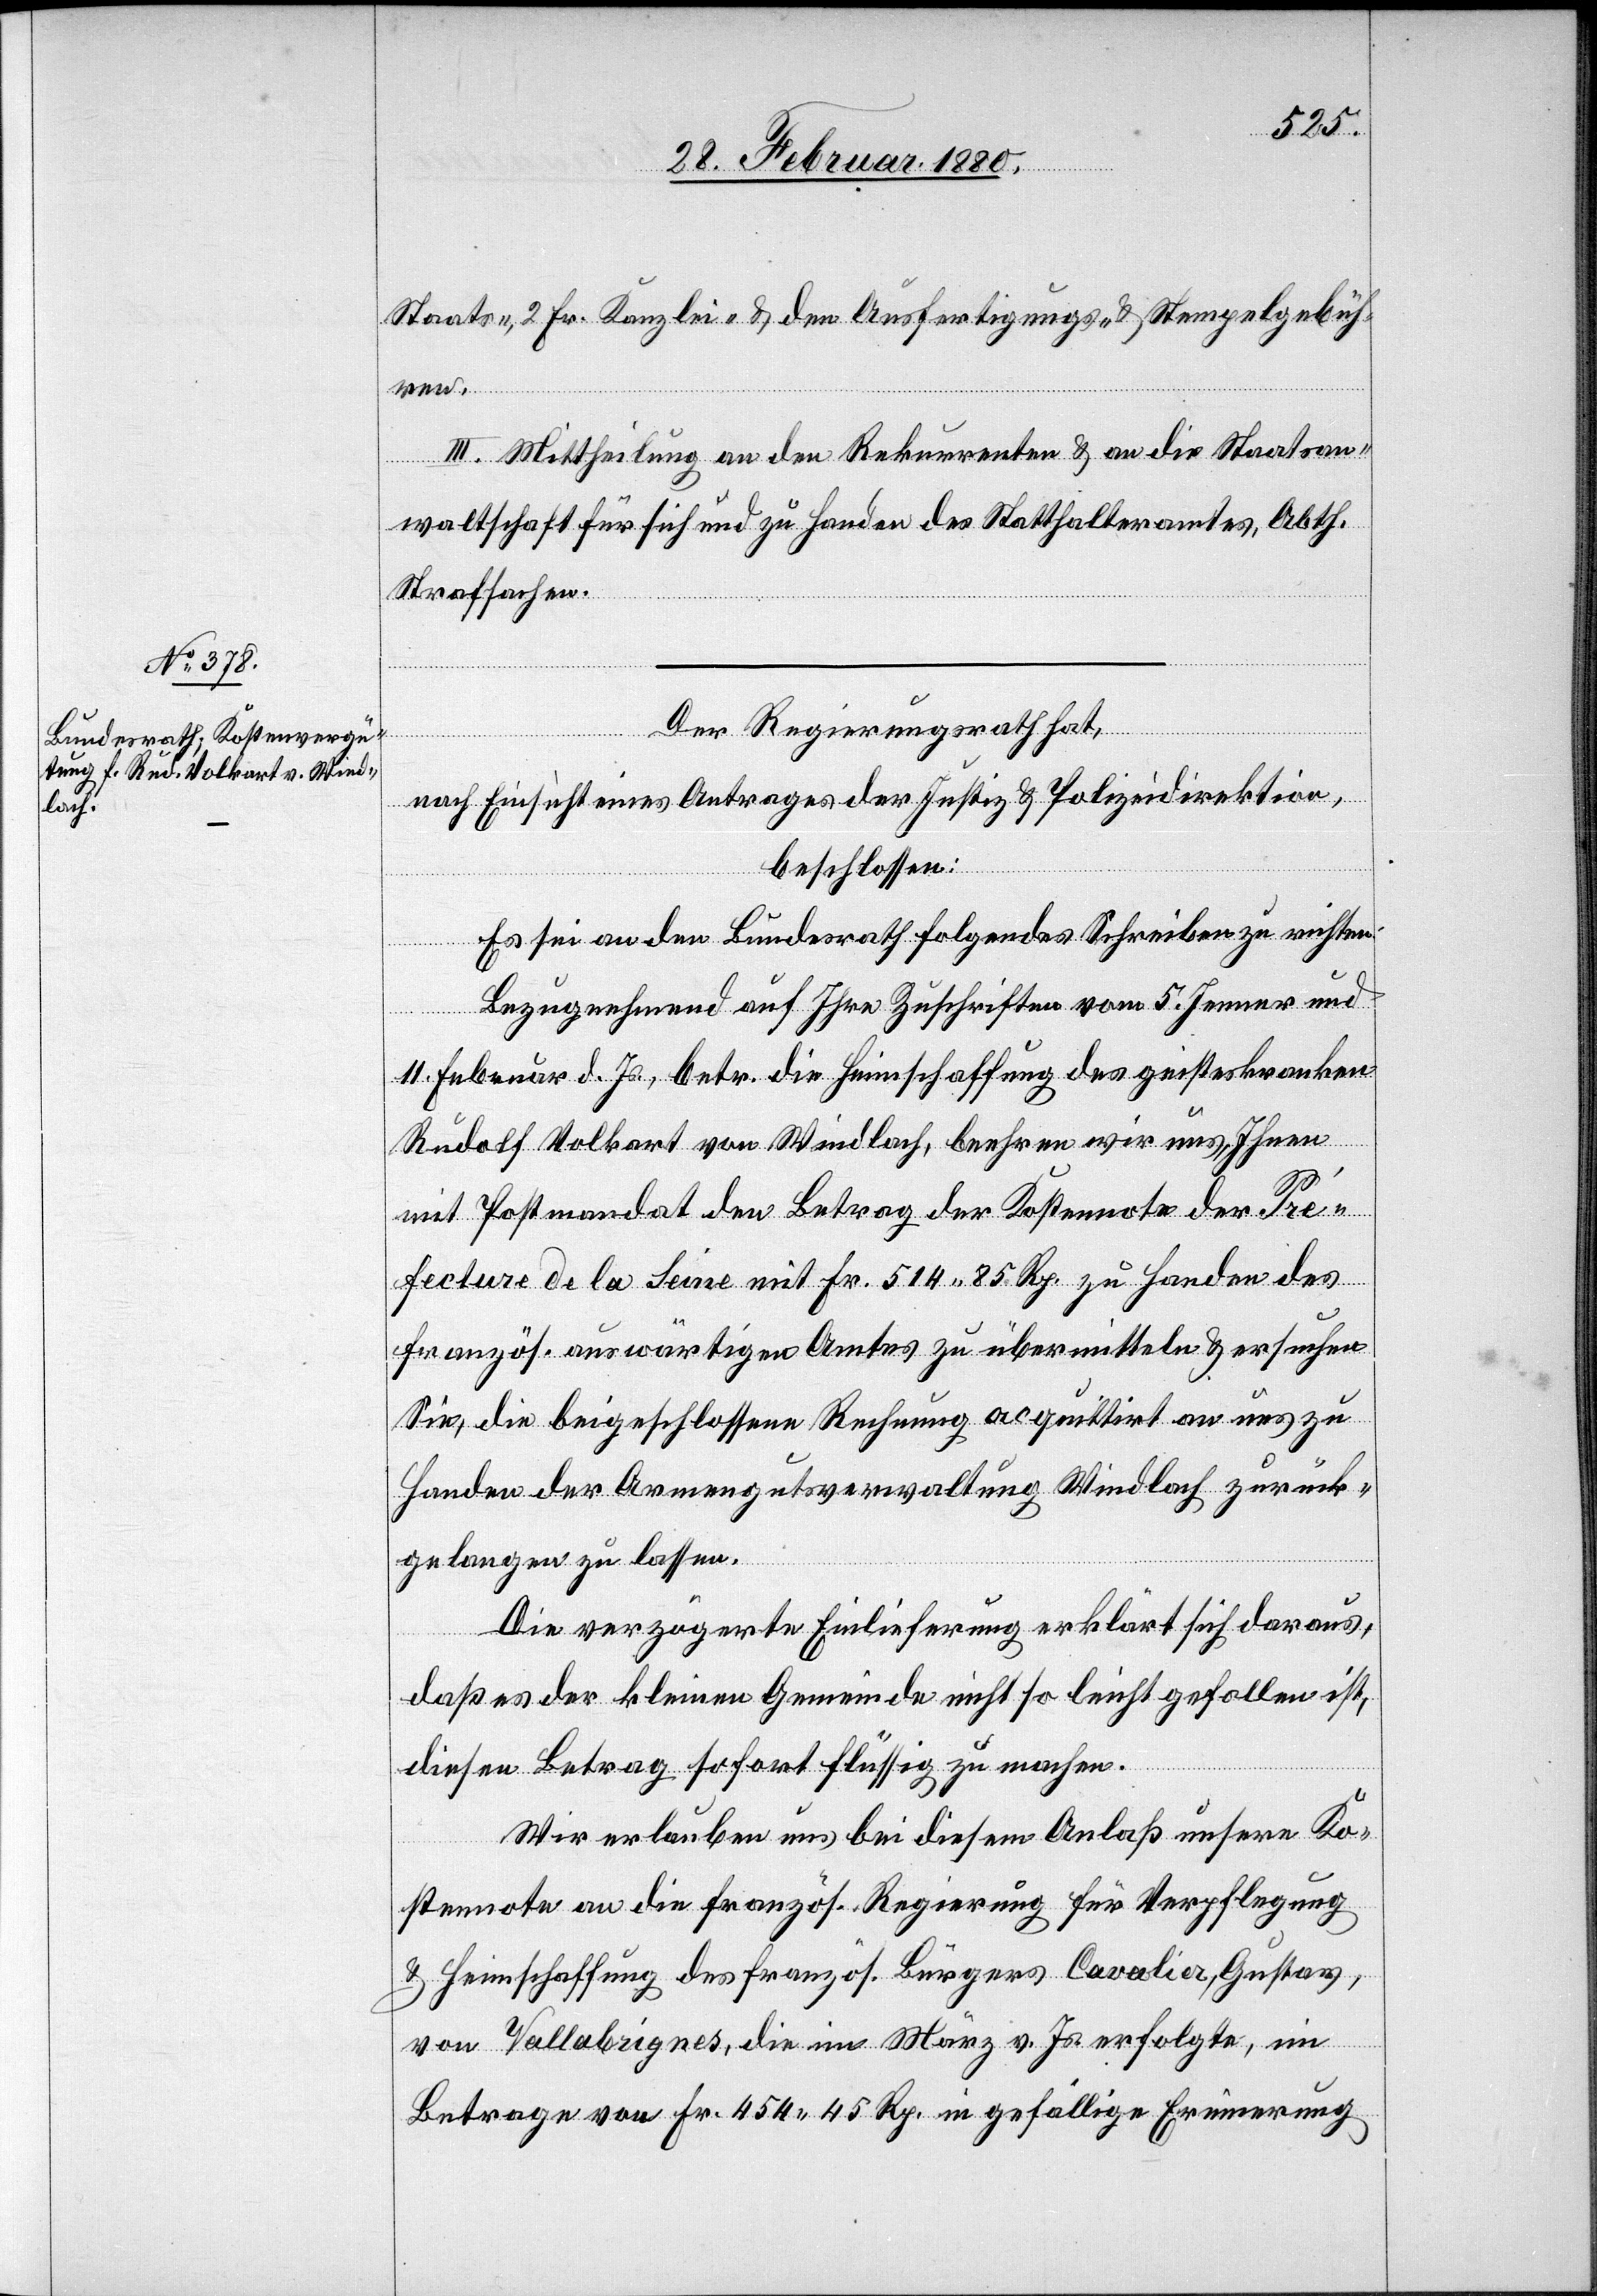
Staats-, 2 Fr. Kanzlei- & den Ausfertigungs- & Stempelgebüh¬
ren.
III. Mittheilung an den Rekurrenten & an die Staatsan¬
waltschaft für sich und zu Handen des Statthalteramtes, Abth.
Strafsachen.
Der Regierungsrath hat,
nach Einsicht eines Antrages der Justiz- & Polizeidirektion,
beschlossen:
Es sei an den Bundesrath folgendes Schreiben zu richten:
Bezugnehmend auf Ihre Zuschriften vom 5. Jenner und
11. Februar d. Js., betr. die Heimschaffung des geisteskranken
Rudolf Volkart von Windlach, beehren wir uns, Ihnen
mit Postmandat den Betrag der Kostennote der Pré¬
fecture de la Seine mit Fr. 514 85. Rp. zu Handen des
französ. auswärtigen Amtes zu übermitteln & ersuchen
Sie, die beigeschlossene Rechnung acquittirt an uns zu
Handen der Armengutsverwaltung Windlach zurück¬
gelangen zu lassen.
Die verzögerte Einlieferung erklärt sich daraus,
daß es der kleinen Gemeinde nicht so leicht gefallen ist,
diesen Betrag sofort flüssig zu machen.
Wir erlauben uns bei diesem Anlaß unsere Ko¬
stennote an die französ. Regierung für Verpflegung
& Heimschaffung des französ. Bürgers Cavalier, Gustav,
von Vallabrignes, die im März v. Js. erfolgte, im
Betrage von Fr. 454 45 Rp. in gefällige Erinnerung